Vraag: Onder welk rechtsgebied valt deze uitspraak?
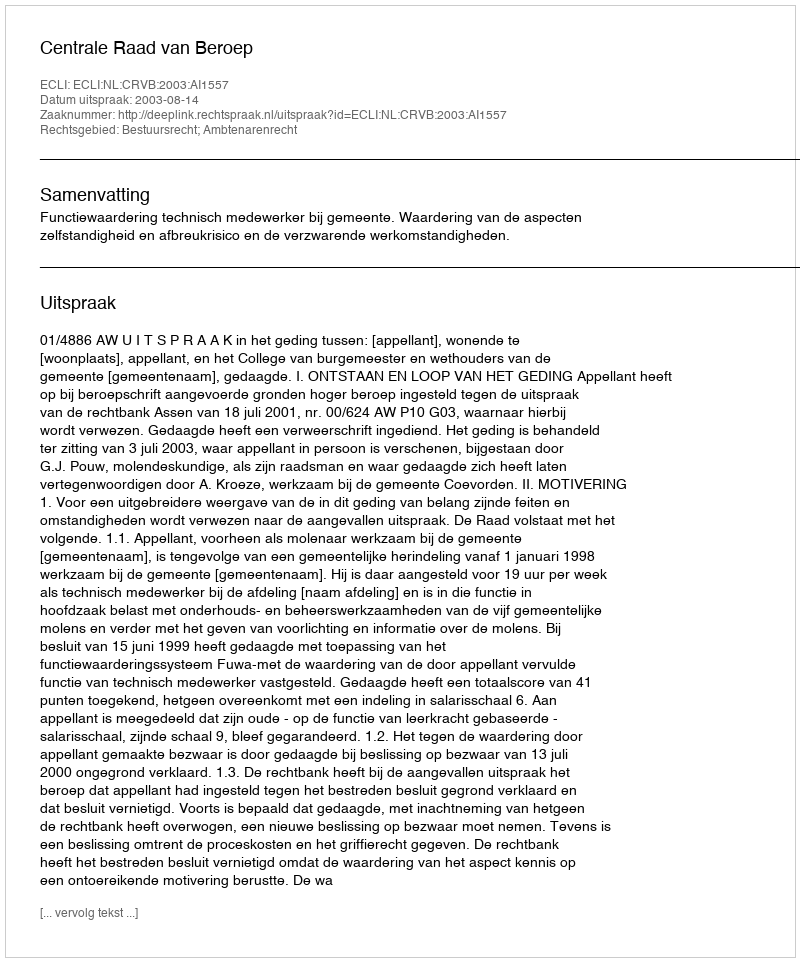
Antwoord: Bestuursrecht; Ambtenarenrecht